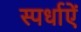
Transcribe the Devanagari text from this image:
स्पर्धाऐं